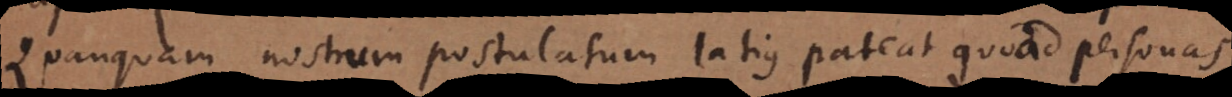
Quanquam nostrum postulatum latius pateat quoad personas